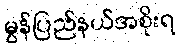
မွန်ပြည်နယ်အစိုးရ